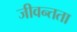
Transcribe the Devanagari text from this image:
जीवन्‍तता